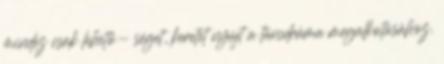
mindez csak lehető- séget, keretet nyújt a táncdráma megalkotásához.